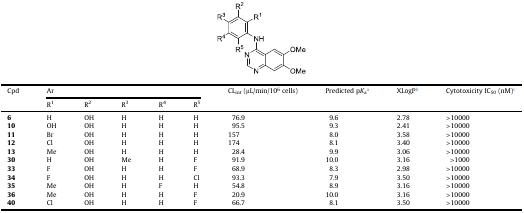
<table><thead><tr><td><b>Cpd</b></td><td colspan="5"><b>Ar</b></td><td><b>CL<sub>int</sub> (μL/min/10<sup>6</sup> cells)</b></td><td><b>Predicted p<i>K</i><sub>a</sub>a</b></td><td><b>XLogPb</b></td><td><b>Cytotoxicity IC<sub>50</sub> (nM)c</b></td></tr><tr><td><b>R<sup>1</sup></b></td><td><b>R<sup>2</sup></b></td><td><b>R<sup>3</sup></b></td><td><b>R<sup>4</sup></b></td><td><b>R<sup>5</sup></b></td></tr></thead><tbody><tr><td><b>6</b></td><td>H</td><td>OH</td><td>H</td><td>H</td><td>H</td><td>76.9</td><td>9.6</td><td>2.78</td><td>&gt;10000</td></tr><tr><td><b>10</b></td><td>OH</td><td>OH</td><td>H</td><td>H</td><td>H</td><td>95.5</td><td>9.3</td><td>2.41</td><td>&gt;10000</td></tr><tr><td><b>11</b></td><td>Br</td><td>OH</td><td>H</td><td>H</td><td>H</td><td>157</td><td>8.0</td><td>3.58</td><td>&gt;10000</td></tr><tr><td><b>12</b></td><td>Cl</td><td>OH</td><td>H</td><td>H</td><td>H</td><td>174</td><td>8.1</td><td>3.40</td><td>&gt;10000</td></tr><tr><td><b>13</b></td><td>Me</td><td>OH</td><td>H</td><td>H</td><td>H</td><td>28.4</td><td>9.9</td><td>3.06</td><td>&gt;10000</td></tr><tr><td><b>30</b></td><td>H</td><td>OH</td><td>Me</td><td>H</td><td>F</td><td>91.9</td><td>10.0</td><td>3.16</td><td>&gt;1000</td></tr><tr><td><b>33</b></td><td>F</td><td>OH</td><td>H</td><td>H</td><td>F</td><td>68.9</td><td>8.3</td><td>2.98</td><td>&gt;10000</td></tr><tr><td><b>34</b></td><td>F</td><td>OH</td><td>H</td><td>H</td><td>Cl</td><td>93.3</td><td>7.9</td><td>3.50</td><td>&gt;10000</td></tr><tr><td><b>35</b></td><td>Me</td><td>OH</td><td>H</td><td>F</td><td>H</td><td>54.8</td><td>8.9</td><td>3.16</td><td>&gt;10000</td></tr><tr><td><b>36</b></td><td>Me</td><td>OH</td><td>H</td><td>H</td><td>F</td><td>20.9</td><td>10.0</td><td>3.16</td><td>&gt;10000</td></tr><tr><td><b>40</b></td><td>Cl</td><td>OH</td><td>H</td><td>H</td><td>F</td><td>66.7</td><td>8.1</td><td>3.50</td><td>&gt;10000</td></tr></tbody></table>